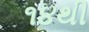
૧૪થી